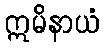
ဣမိနာယံ